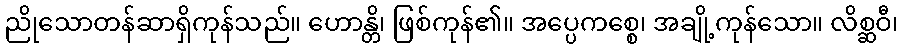
ညိုသောတန်ဆာရှိကုန်သည်။ ဟောန္တိ၊ ဖြစ်ကုန်၏။ အပ္ပေကစ္စေ၊ အချို့ကုန်သော။ လိစ္ဆဝီ၊